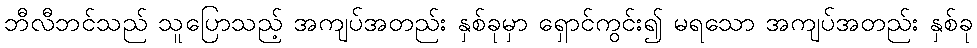
ဘီလီဘင်သည် သူပြောသည့် အကျပ်အတည်း နှစ်ခုမှာ ရှောင်ကွင်း၍ မရသော အကျပ်အတည်း နှစ်ခု